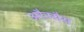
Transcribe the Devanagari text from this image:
अरैनसैस